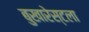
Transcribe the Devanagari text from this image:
बुखारेस्टला